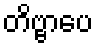
တိဗ္ဗာပေ